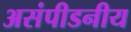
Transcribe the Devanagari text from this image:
असंपीडनीय